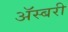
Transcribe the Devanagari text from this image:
ॲस्बरी